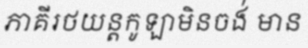
ភាគីរថយន្តកូឡាមិនចង់ មាន